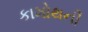
કામોથની